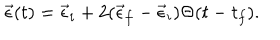
LaTeX: \vec { \epsilon } ( t ) = \vec { \epsilon } _ { i } + 2 ( \vec { \epsilon } _ { f } - \vec { \epsilon } _ { i } ) \Theta ( t - t _ { f } ) .